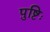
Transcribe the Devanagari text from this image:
पुष्टिः